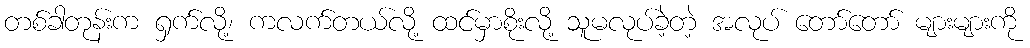
တစ်ခါတုန်းက ရှက်လို့၊ ကလက်တယ်လို့ ထင်မှာစိုးလို့ သူမလုပ်ခဲ့တဲ့ အလုပ် တော်တော် များများကို